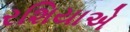
રશિયાએ